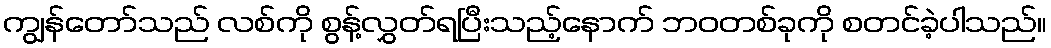
ကျွန်တော်သည် လစ်ကို စွန့်လွှတ်ရပြီးသည့်နောက် ဘဝတစ်ခုကို စတင်ခဲ့ပါသည်။